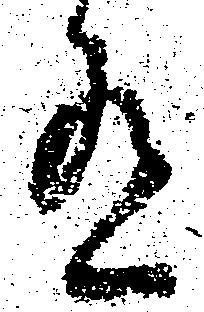
有